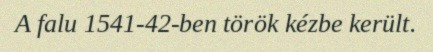
A falu 1541-42-ben török kézbe került.